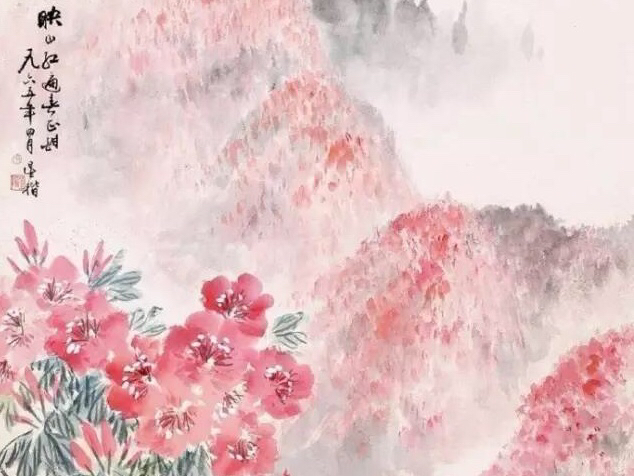
徐郎老，恨断肠声在，离镜孤鸾。